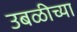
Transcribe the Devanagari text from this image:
उबळीच्या